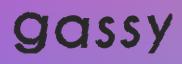
gassy